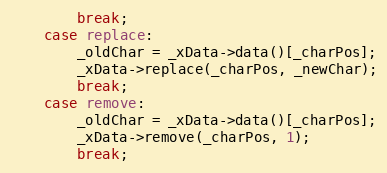
Language: C++
        break;
    case replace:
        _oldChar = _xData->data()[_charPos];
        _xData->replace(_charPos, _newChar);
        break;
    case remove:
        _oldChar = _xData->data()[_charPos];
        _xData->remove(_charPos, 1);
        break;